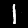
Label: 1